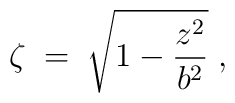
\zeta\;=\;\sqrt{ 1-{z^2\over b^2}}\;,